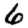
Digit: 6